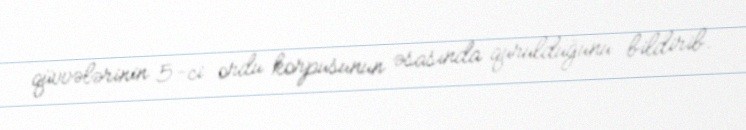
qüvvələrinin 5-ci ordu korpusunun əsasında qurulduğunu bildirib.